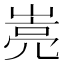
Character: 𰎭